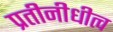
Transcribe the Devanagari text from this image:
प्रतीनीधीत्व